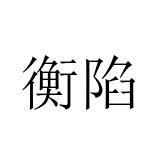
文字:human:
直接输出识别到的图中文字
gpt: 衡陷